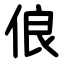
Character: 俍